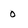
Character: 0